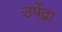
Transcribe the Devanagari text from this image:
उपेंद्रा